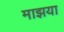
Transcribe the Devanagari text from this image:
माझया